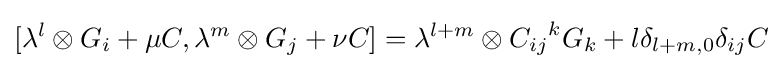
[\lambda ^{l}\otimes G_{i}+\mu C,\lambda ^{m}\otimes G_{j}+\nu C]=\lambda ^{l+m}\otimes {C_{ij}}^{k}G_{k}+l\delta _{l+m,0}\delta _{ij}C